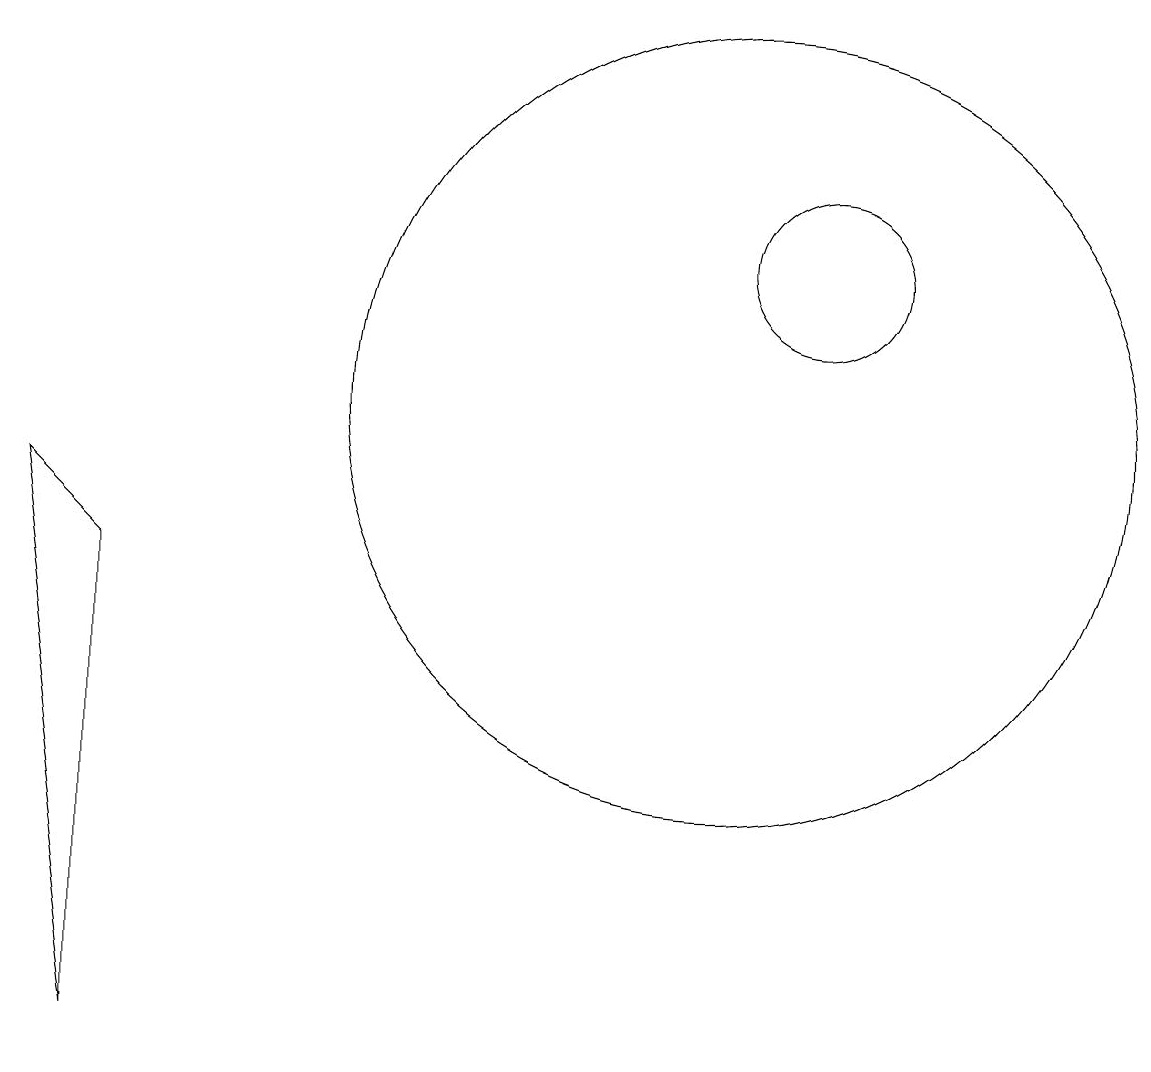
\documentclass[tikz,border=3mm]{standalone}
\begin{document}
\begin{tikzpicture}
\draw (2,2) -- (1,9) -- (2,8) -- cycle;
\draw (11,12) circle (1);
\draw (10,10) circle (5);
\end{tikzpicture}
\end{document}